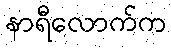
နာရီလောက်က